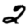
Digit: 2